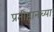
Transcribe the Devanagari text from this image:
प्रतीष्ठानच्या